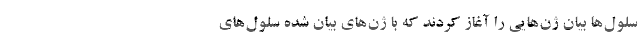
سلول‌ها بیان ژن‌هایی را آغاز کردند که با ژن‌های بیان شده سلول‌های